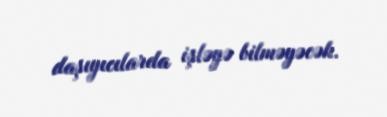
daşıyıcılarda işləyə bilməyəcək.